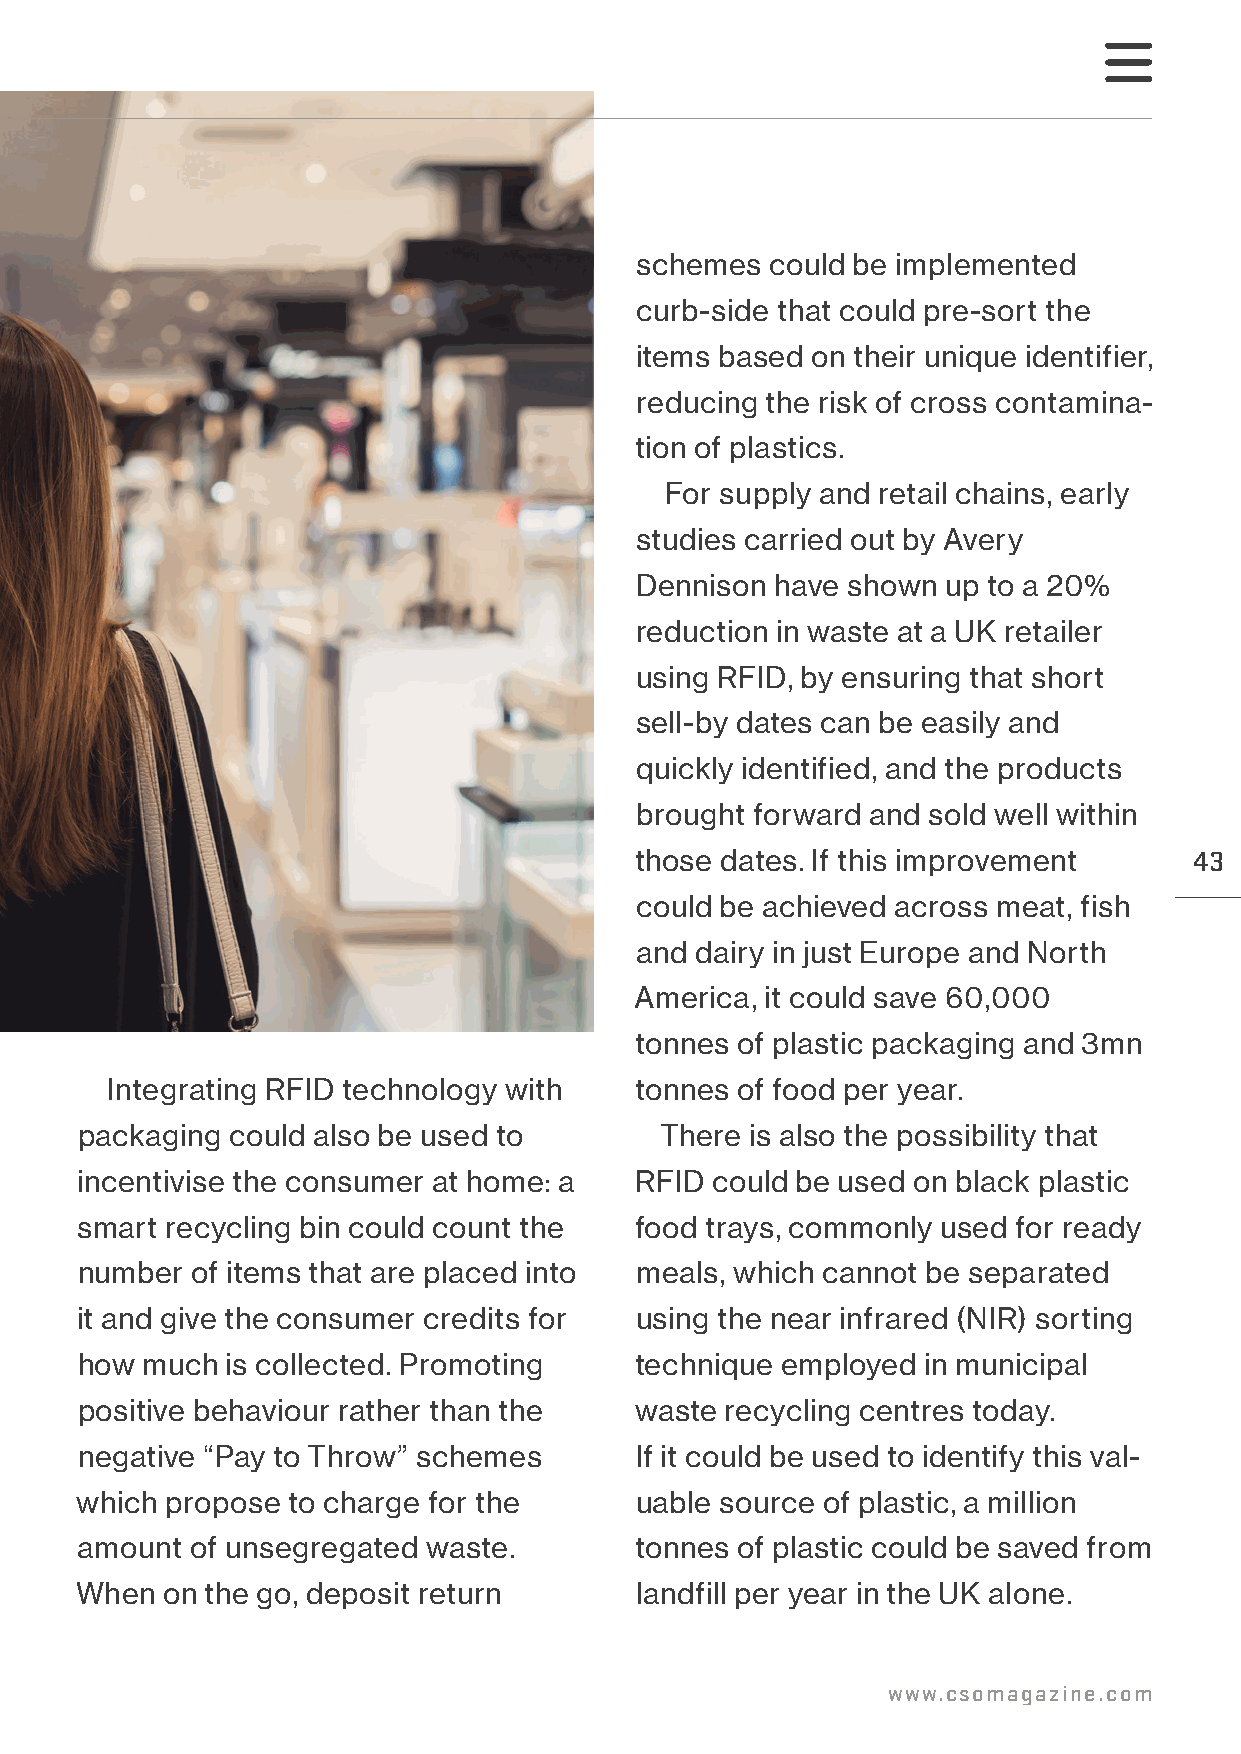
schemes  could be implemented
 curb-side that could pre-sort the
 items based on their unique identifier,
 reducing the risk of cross contamina-
 tion of plastics.
 For supply and retail chains, early
 studies carried out by Avery
 Dennison have shown  up to a 20%
 reduction in waste at a UK retailer
 using RFID, by ensuring that short
 sell-by dates can be easily and
 quickly identified, and the products
 brought forward and sold well within
 those dates. If this improvement     43
 could be achieved across meat, fish
 and dairy in just Europe and North
 America, it could save 60,000
 tonnes of plastic packaging and 3mn
 Integrating RFID technology with   tonnes of food per year.
 packaging could also be used to        There is also the possibility that
 incentivise the consumer at home: a  RFID could be used on black plastic
 smart recycling bin could count the  food trays, commonly used for ready
 number  of items that are placed into meals, which cannot be separated
 it and give the consumer credits for using the near infrared (NIR) sorting
 how much  is collected. Promoting    technique employed in municipal
 positive behaviour rather than the   waste recycling centres today.
 negative “Pay to Throw” schemes      If it could be used to identify this val-
 which propose to charge for the      uable source of plastic, a million
 amount  of unsegregated waste.       tonnes of plastic could be saved from
 When  on the go, deposit return      landfill per year in the UK alone.
 www.csomagazine.com